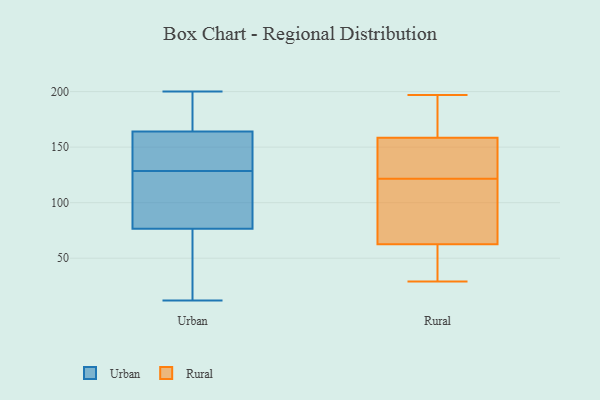
{"axis": {"x": "Tickets Resolved", "y": "Value"}, "legend": ["Rural", "Urban"], "data": [{"x": "", "y": 55, "type": "Urban"}, {"x": "", "y": 154, "type": "Urban"}, {"x": "", "y": 72, "type": "Urban"}, {"x": "", "y": 20, "type": "Urban"}, {"x": "", "y": 98, "type": "Urban"}, {"x": "", "y": 157, "type": "Urban"}, {"x": "", "y": 166, "type": "Urban"}, {"x": "", "y": 24, "type": "Urban"}, {"x": "", "y": 200, "type": "Urban"}, {"x": "", "y": 12, "type": "Urban"}, {"x": "", "y": 92, "type": "Urban"}, {"x": "", "y": 161, "type": "Urban"}, {"x": "", "y": 82, "type": "Urban"}, {"x": "", "y": 176, "type": "Urban"}, {"x": "", "y": 179, "type": "Urban"}, {"x": "", "y": 108, "type": "Urban"}, {"x": "", "y": 162, "type": "Urban"}, {"x": "", "y": 81, "type": "Urban"}, {"x": "", "y": 149, "type": "Urban"}, {"x": "", "y": 193, "type": "Urban"}, {"x": "", "y": 174, "type": "Rural"}, {"x": "", "y": 92, "type": "Rural"}, {"x": "", "y": 193, "type": "Rural"}, {"x": "", "y": 159, "type": "Rural"}, {"x": "", "y": 44, "type": "Rural"}, {"x": "", "y": 73, "type": "Rural"}, {"x": "", "y": 142, "type": "Rural"}, {"x": "", "y": 52, "type": "Rural"}, {"x": "", "y": 131, "type": "Rural"}, {"x": "", "y": 146, "type": "Rural"}, {"x": "", "y": 158, "type": "Rural"}, {"x": "", "y": 29, "type": "Rural"}, {"x": "", "y": 51, "type": "Rural"}, {"x": "", "y": 112, "type": "Rural"}, {"x": "", "y": 161, "type": "Rural"}, {"x": "", "y": 142, "type": "Rural"}, {"x": "", "y": 197, "type": "Rural"}, {"x": "", "y": 50, "type": "Rural"}, {"x": "", "y": 77, "type": "Rural"}, {"x": "", "y": 105, "type": "Rural"}]}